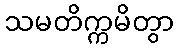
သမတိက္ကမိတွာ